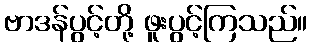
ဗာဒန်ပွင့်တို့ ဖူးပွင့်ကြသည်။